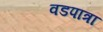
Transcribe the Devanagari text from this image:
वडपात्रा